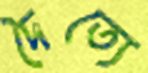
দৈত্যে